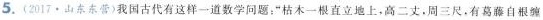
5.(2017·山东东营)我国古代有这样一道数学问题：”枯木一根直立地上，高二丈，周三尺。有葛自根缠